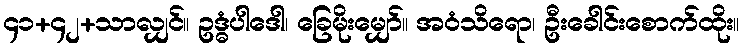
၄၁+၄၂+သာလျှင်။ ဥဒ္ဓံပါဒေါ၊ ခြေမိုးမျှော်။ အဝံသိရော၊ ဦးခေါင်းစောက်ထိုး။